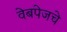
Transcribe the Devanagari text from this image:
वेबपेजचे